On the standardisation of anti-typhoid vaccine - Number 21
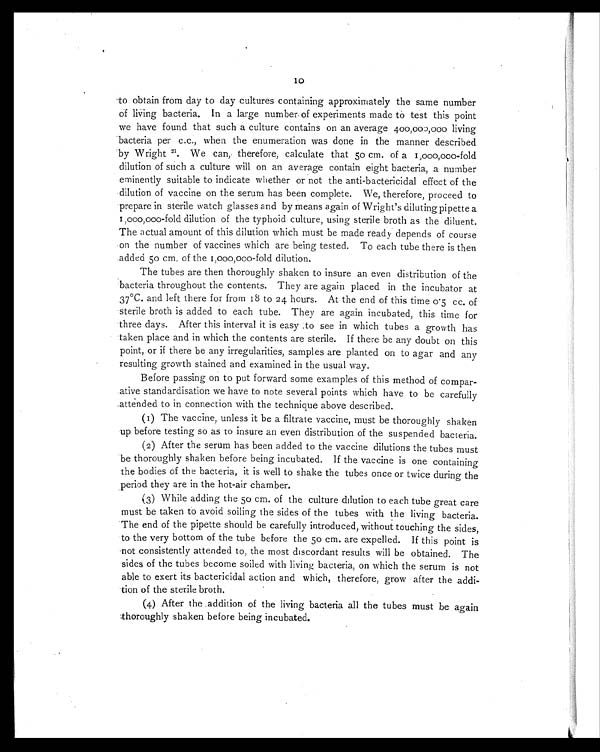
10
to obtain from day to day cultures containing approximately the same number
of living bacteria. In a large number of experiments made to test this point
we have found that such a culture contains on an average 400,000,000 living
bacteria per c.c., when the enumeration was done in the manner described
by Wright 21. We can, therefore, calculate that 50 cm. of a 1,000,000-fold
dilution of such a culture will on an average contain eight bacteria, a number
eminently suitable to indicate whether or not the anti-bactericidal effect of the
dilution of vaccine on the serum has been complete. We, therefore, proceed to
prepare in sterile watch glasses and by means again of Wright's diluting pipette a
1,000,000-fold dilution of the typhoid culture, using sterile broth as the diluent.
The actual amount of this dilution which must be made ready depends of course
on the number of vaccines which are being tested. To each tube there is then
added 50 cm. of the 1,000,000-fold dilution.
The tubes are then thoroughly shaken to insure an even distribution of the
bacteria throughout the contents. They are again placed in the incubator at
37°C. and left there for from 18 to 24 hours. At the end of this time 0.5 cc. of
sterile broth is added to each tube. They are again incubated, this time for
three days. After this interval it is easy to see in which tubes a growth has
taken place and in which the contents are sterile. If there be any doubt on this
point, or if there be any irregularities, samples are planted on to agar and any
resulting growth stained and examined in the usual way.
Before passing on to put forward some examples of this method of compar-
ative standardisation we have to note several points which have to be carefully
attended to in connection with the technique above described.
(1) The vaccine, unless it be a filtrate vaccine, must be thoroughly shaken
up before testing so as to insure an even distribution of the suspended bacteria.
(2) After the serum has been added to the vaccine dilutions the tubes must
be thoroughly shaken before being incubated. If the vaccine is one containing
the bodies of the bacteria, it is well to shake the tubes once or twice during the
period they are in the hot-air chamber.
(3) While adding the 50 cm. of the culture dilution to each tube great care
must be taken to avoid soiling the sides of the tubes with the living bacteria.
The end of the pipette should be carefully introduced, without touching the sides,
to the very bottom of the tube before the 50 cm. are expelled. If this point is
not consistently attended to, the most discordant results will be obtained. The
sides of the tubes become soiled with living bacteria, on which the serum is not
able to exert its bactericidal action and which, therefore, grow after the addi-
tion of the sterile broth.
(4) After the addition of the living bacteria all the tubes must be again
thoroughly shaken before being incubated.